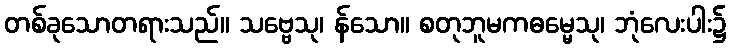
တစ်ခုသောတရားသည်။ သဗ္ဗေသု၊ န်သော။ စတုဘူမကဓမ္မေသု၊ ဘုံလေးပါး၌